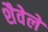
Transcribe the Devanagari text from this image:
शैवेले